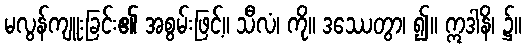
မလွန်ကျူးခြင်း၏ အစွမ်းဖြင့်။ သီလံ၊ ကို။ ဒဿေတွာ၊ ၍။ ဣဒါနိ၊ ၌။